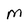
Character: M